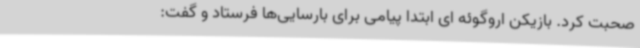
صحبت کرد. بازیکن اروگوئه ای ابتدا پیامی برای بارسایی‌ها فرستاد و گفت: